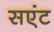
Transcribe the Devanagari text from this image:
सएंट